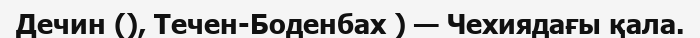
Дечин (), Течен-Боденбах ) — Чехиядағы қала.